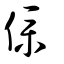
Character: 僕